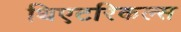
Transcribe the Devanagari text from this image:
थिएटरिकल्स